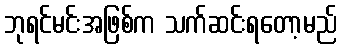
ဘုရင်မင်းအဖြစ်က သက်ဆင်းရတော့မည်